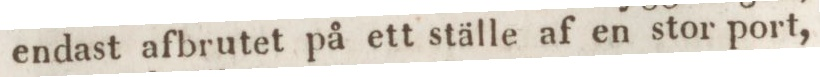
endast afbrutet på ett ställe af en stor port,